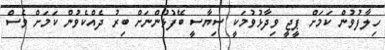
ހިލާފުވުން ކަމަށް ޕީޖީ ވިދާޅުވުމަކީ ސިޔާސީ ބޭފުޅުންނަށް ބިރު ދެއްކެވުން ކަމަށް ވެސް